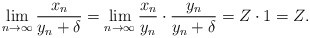
\begin{align*} \lim_{n\to\infty} \frac{x_{n}}{y_{n}+\delta}= \lim_{n\to\infty} \frac{x_{n}}{y_{n}} \cdot \frac{y_{n}}{y_{n}+\delta}=Z\cdot 1=Z.\end{align*}